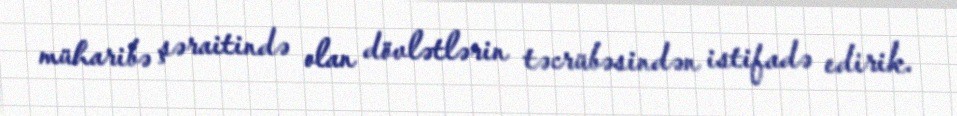
müharibə şəraitində olan dövlətlərin təcrübəsindən istifadə edirik.